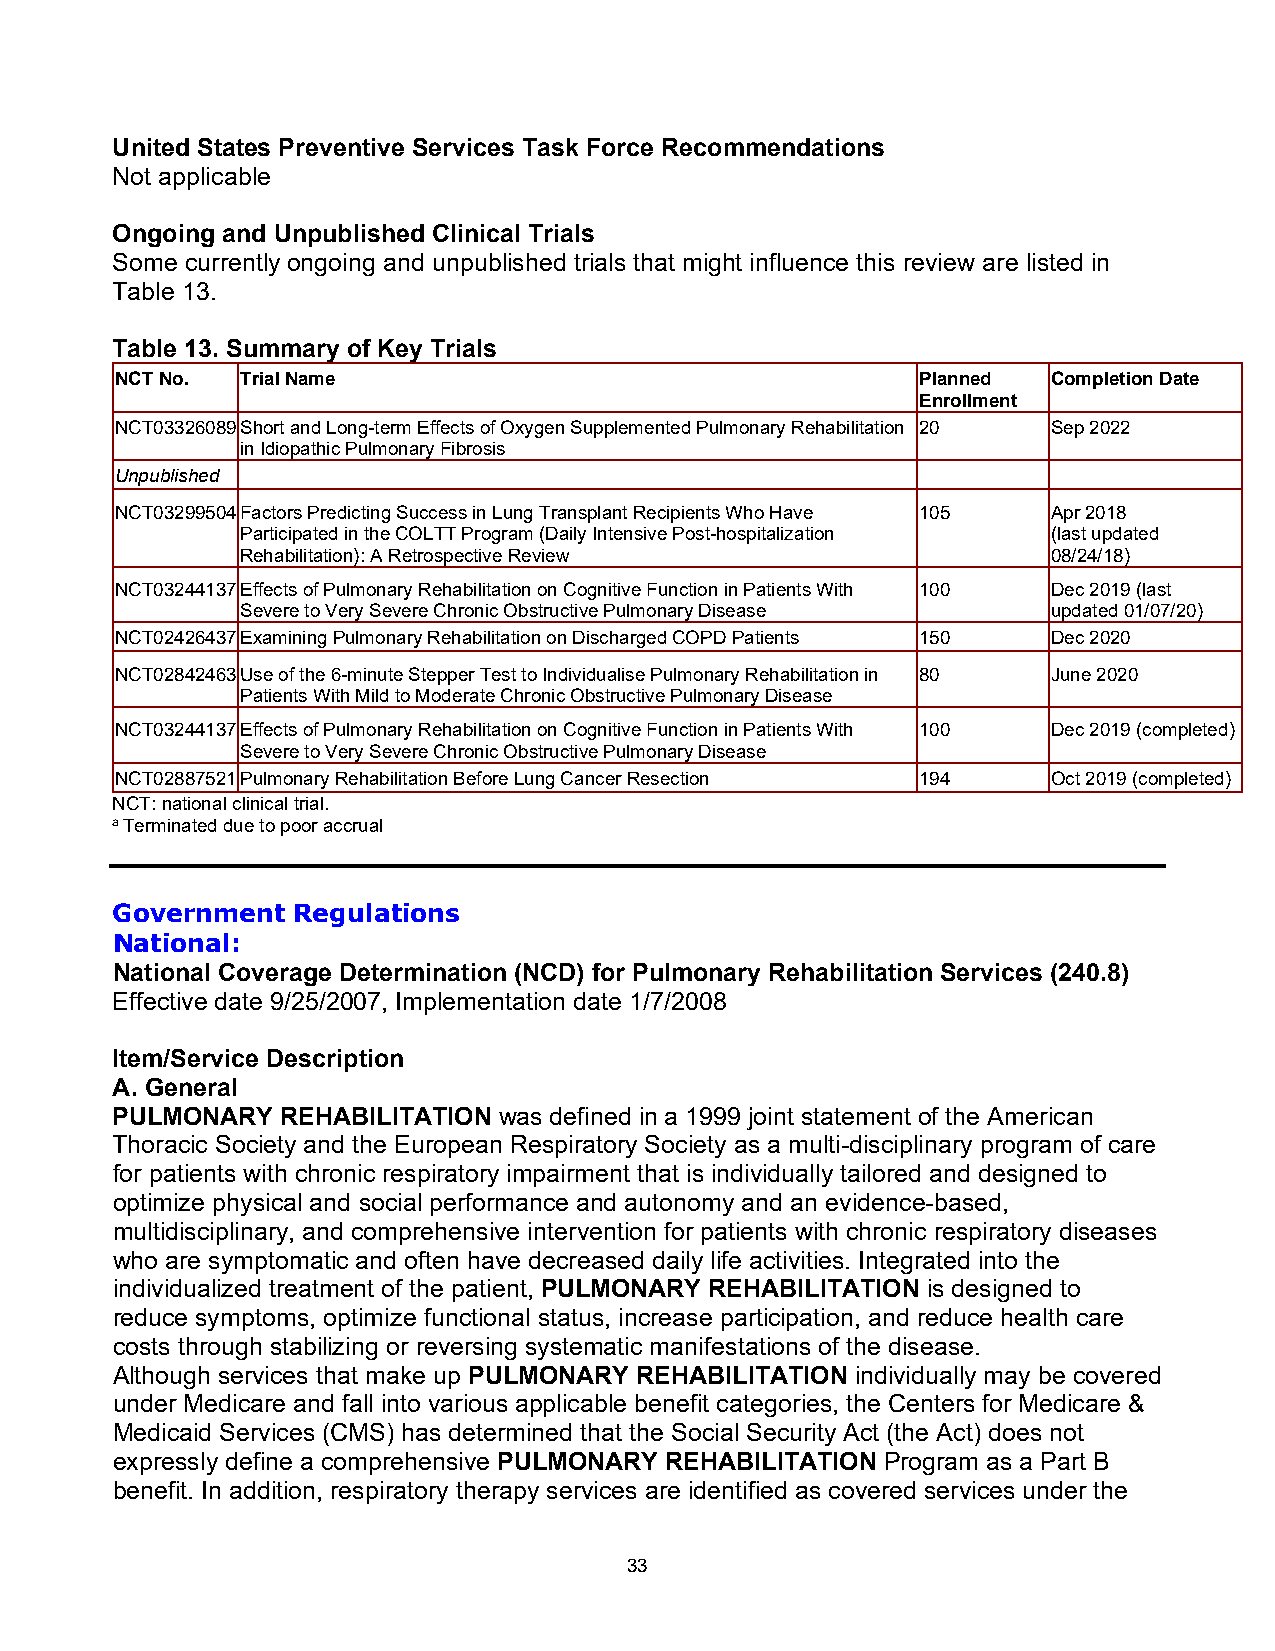
United States Preventive Services Task Force Recommendations
 Not applicable
 Ongoing and Unpublished Clinical Trials
 Some currently ongoing and unpublished trials that might influence this review are listed in
 Table 13.
 Table 13. Summary of Key Trials
 NCT No. Trial Name                                   Planned  Completion Date
 Enrollment
 NCT03326089 Short and Long-term Effects of Oxygen Supplemented Pulmonary Rehabilitation 20 Sep 2022
 in Idiopathic Pulmonary Fibrosis
 Unpublished
 NCT03299504 Factors Predicting Success in Lung Transplant Recipients Who Have 105 Apr 2018
 Participated in the COLTT Program (Daily Intensive Post-hospitalization (last updated
 Rehabilitation): A Retrospective Review               08/24/18)
 NCT03244137 Effects of Pulmonary Rehabilitation on Cognitive Function in Patients With 100 Dec 2019 (last
 Severe to Very Severe Chronic Obstructive Pulmonary Disease updated 01/07/20)
 NCT02426437 Examining Pulmonary Rehabilitation on Discharged COPD Patients 150 Dec 2020
 NCT02842463 Use of the 6-minute Stepper Test to Individualise Pulmonary Rehabilitation in 80 June 2020
 Patients With Mild to Moderate Chronic Obstructive Pulmonary Disease
 NCT03244137 Effects of Pulmonary Rehabilitation on Cognitive Function in Patients With 100 Dec 2019 (completed)
 Severe to Very Severe Chronic Obstructive Pulmonary Disease
 NCT02887521 Pulmonary Rehabilitation Before Lung Cancer Resection 194 Oct 2019 (completed)
 NCT: national clinical trial.
 a Terminated due to poor accrual
 Government  Regulations
 National:
 National Coverage Determination (NCD) for Pulmonary Rehabilitation Services (240.8)
 Effective date 9/25/2007, Implementation date 1/7/2008
 Item/Service Description
 A. General
 PULMONARY   REHABILITATION was defined in a 1999 joint statement of the American
 Thoracic Society and the European Respiratory Society as a multi-disciplinary program of care
 for patients with chronic respiratory impairment that is individually tailored and designed to
 optimize physical and social performance and autonomy and an evidence-based,
 multidisciplinary, and comprehensive intervention for patients with chronic respiratory diseases
 who are symptomatic and often have decreased daily life activities. Integrated into the
 individualized treatment of the patient, PULMONARY REHABILITATION is designed to
 reduce symptoms, optimize functional status, increase participation, and reduce health care
 costs through stabilizing or reversing systematic manifestations of the disease.
 Although services that make up PULMONARY REHABILITATION individually may be covered
 under Medicare and fall into various applicable benefit categories, the Centers for Medicare &
 Medicaid Services (CMS) has determined that the Social Security Act (the Act) does not
 expressly define a comprehensive PULMONARY REHABILITATION Program as a Part B
 benefit. In addition, respiratory therapy services are identified as covered services under the
 33